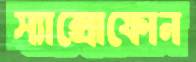
স্যাক্সোফোন